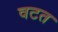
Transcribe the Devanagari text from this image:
वटत